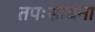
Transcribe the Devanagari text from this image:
तपःसाधना